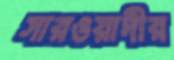
সারওয়ার্দীর